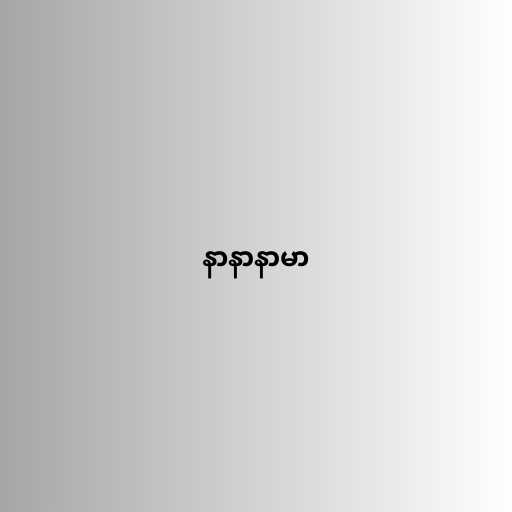
နာနာနာမာ